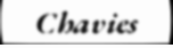
Chavies